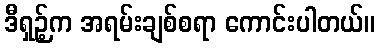
ဒီရှဉ့်က အရမ်းချစ်စရာ ကောင်းပါတယ်။